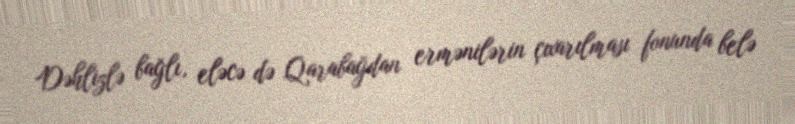
Dəhlizlə bağlı, eləcə də Qarabağdan ermənilərin çıxarılması fonunda belə